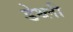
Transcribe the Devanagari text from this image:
डेथ्ली